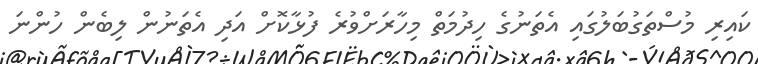
ކައިރި މުސްތަގުބަލުގައި އެތަނުގެ ހިދުމަތް މިހާރަށްވުރެ ފުޅާކޮށް އަދި އެތަނުން ލިބެން ހުންނަ